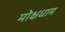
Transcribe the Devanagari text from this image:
मोक्षधाम